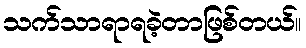
သက်သာရာရခဲ့တာဖြစ်တယ်။